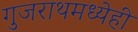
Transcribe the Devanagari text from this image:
गुजराथमध्येही